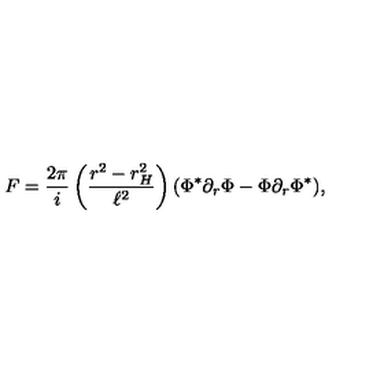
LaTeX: F = \frac { 2 \pi } { i } \left( \frac { r ^ { 2 } - r _ { H } ^ { 2 } } { \ell ^ { 2 } } \right) ( \Phi ^ { * } \partial _ { r } \Phi - \Phi \partial _ { r } \Phi ^ { * } ) ,